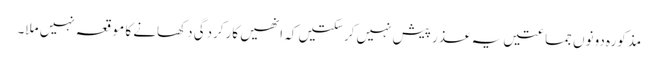
مذکورہ دونوں جماعتیں یہ عذر پیش نہیں کرسکتیں کہ انھیں کارکردگی دکھانے کا موقعہ نہیں ملا۔